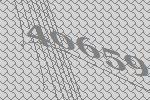
40659